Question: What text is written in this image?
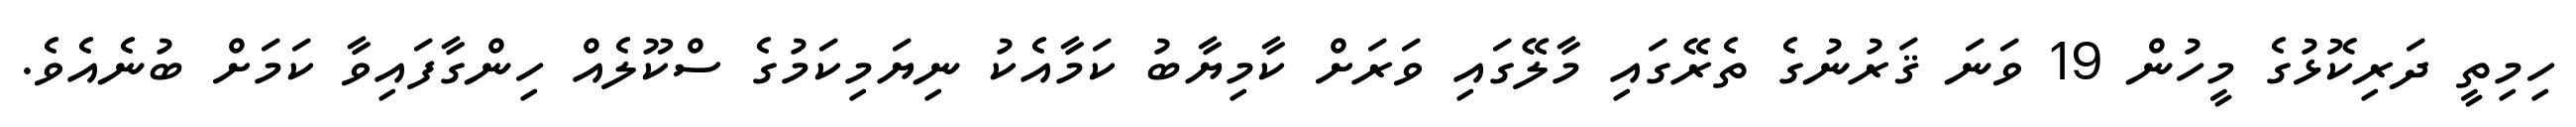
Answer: ހިމިތީ ދަރިކޮޅުގެ މީހުން 19 ވަނަ ޤަރުނުގެ ތެރޭގައި މާލޭގައި ވަރަށް ކާމިޔާބު ކަމާއެކު ނިޔަމިކަމުގެ ސްކޫލެއް ހިންގާފައިވާ ކަމަށް ބުނެއެވެ.